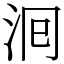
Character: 𭰁